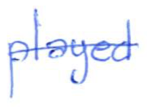
Text: played
Cross-out: single-line
Writing tool: ballpoint